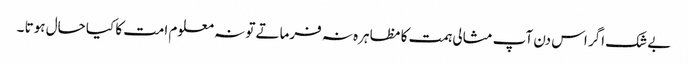
بے شک اگر اس دن آپ مثالی ہمت کا مظاہرہ نہ فرماتے تو نہ معلوم امت کا کیا حال ہوتا ۔